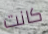
كانت